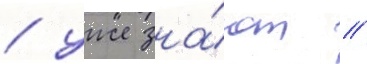
/ уже зна́ют //